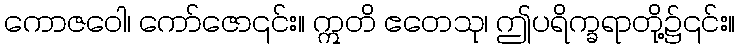
ကောဇဝေါ၊ ကော်ဇော၎င်း။ ဣတိ ဧတေသု၊ ဤပရိက္ခရာတို့၌၎င်း။